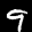
Label: 9